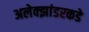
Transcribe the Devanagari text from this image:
अलेक्झांडरकडे